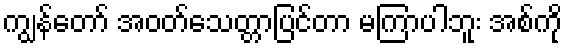
ကျွန်တော် အဝတ်သေတ္တာပြင်တာ မကြာပါဘူး အစ်ကို